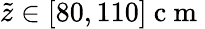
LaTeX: \tilde{z}\in[80,110]\mathrm{~c~m~}